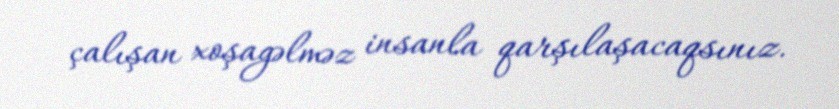
çalışan xoşagəlməz insanla qarşılaşacaqsınız.